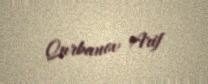
Qurbanov Arif